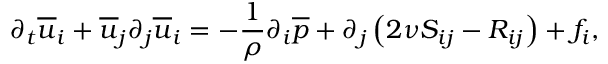
\partial _ { t } \overline { { u } } _ { i } + \overline { { u } } _ { j } \partial _ { j } \overline { { u } } _ { i } = - \frac { 1 } { \rho } { \partial _ { i } \overline { { p } } } + { \partial _ { j } } \left( 2 \nu { S } _ { i j } - { R } _ { i j } \right) + f _ { i } ,